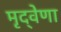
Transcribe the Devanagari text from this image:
मृद्‌वेणा